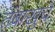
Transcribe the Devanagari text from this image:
तंबाखुचे